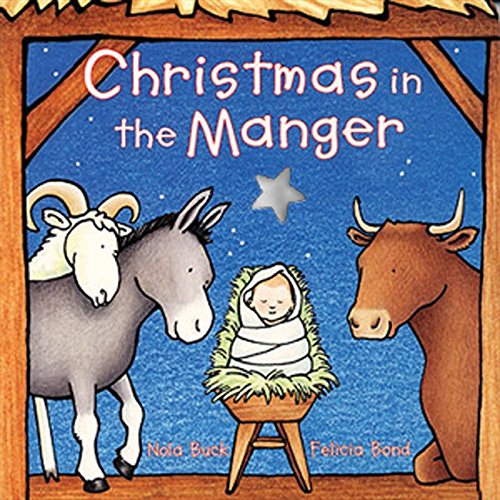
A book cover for Christmas in the Manger; Nola Buck; Children's Books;